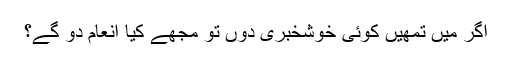
اگر میں تمھیں کوئی خوشخبری دوں تو مجھے کیا انعام دو گے؟